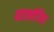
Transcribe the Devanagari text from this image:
परालोगिया